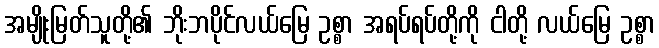
အမျိုးမြတ်သူတို့၏ ဘိုးဘပိုင်လယ်မြေ ဥစ္စာ အရပ်ရပ်တို့ကို ငါတို့ လယ်မြေ ဥစ္စာ